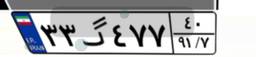
۱۳گ۷۷۱۶۹